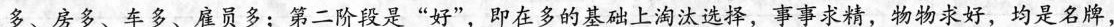
多、房多、车多、雇员多；第二阶段是“好”，即在多的基础上淘汰选择，事事求精，物物求好，均是名牌，